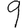
Digit: 9